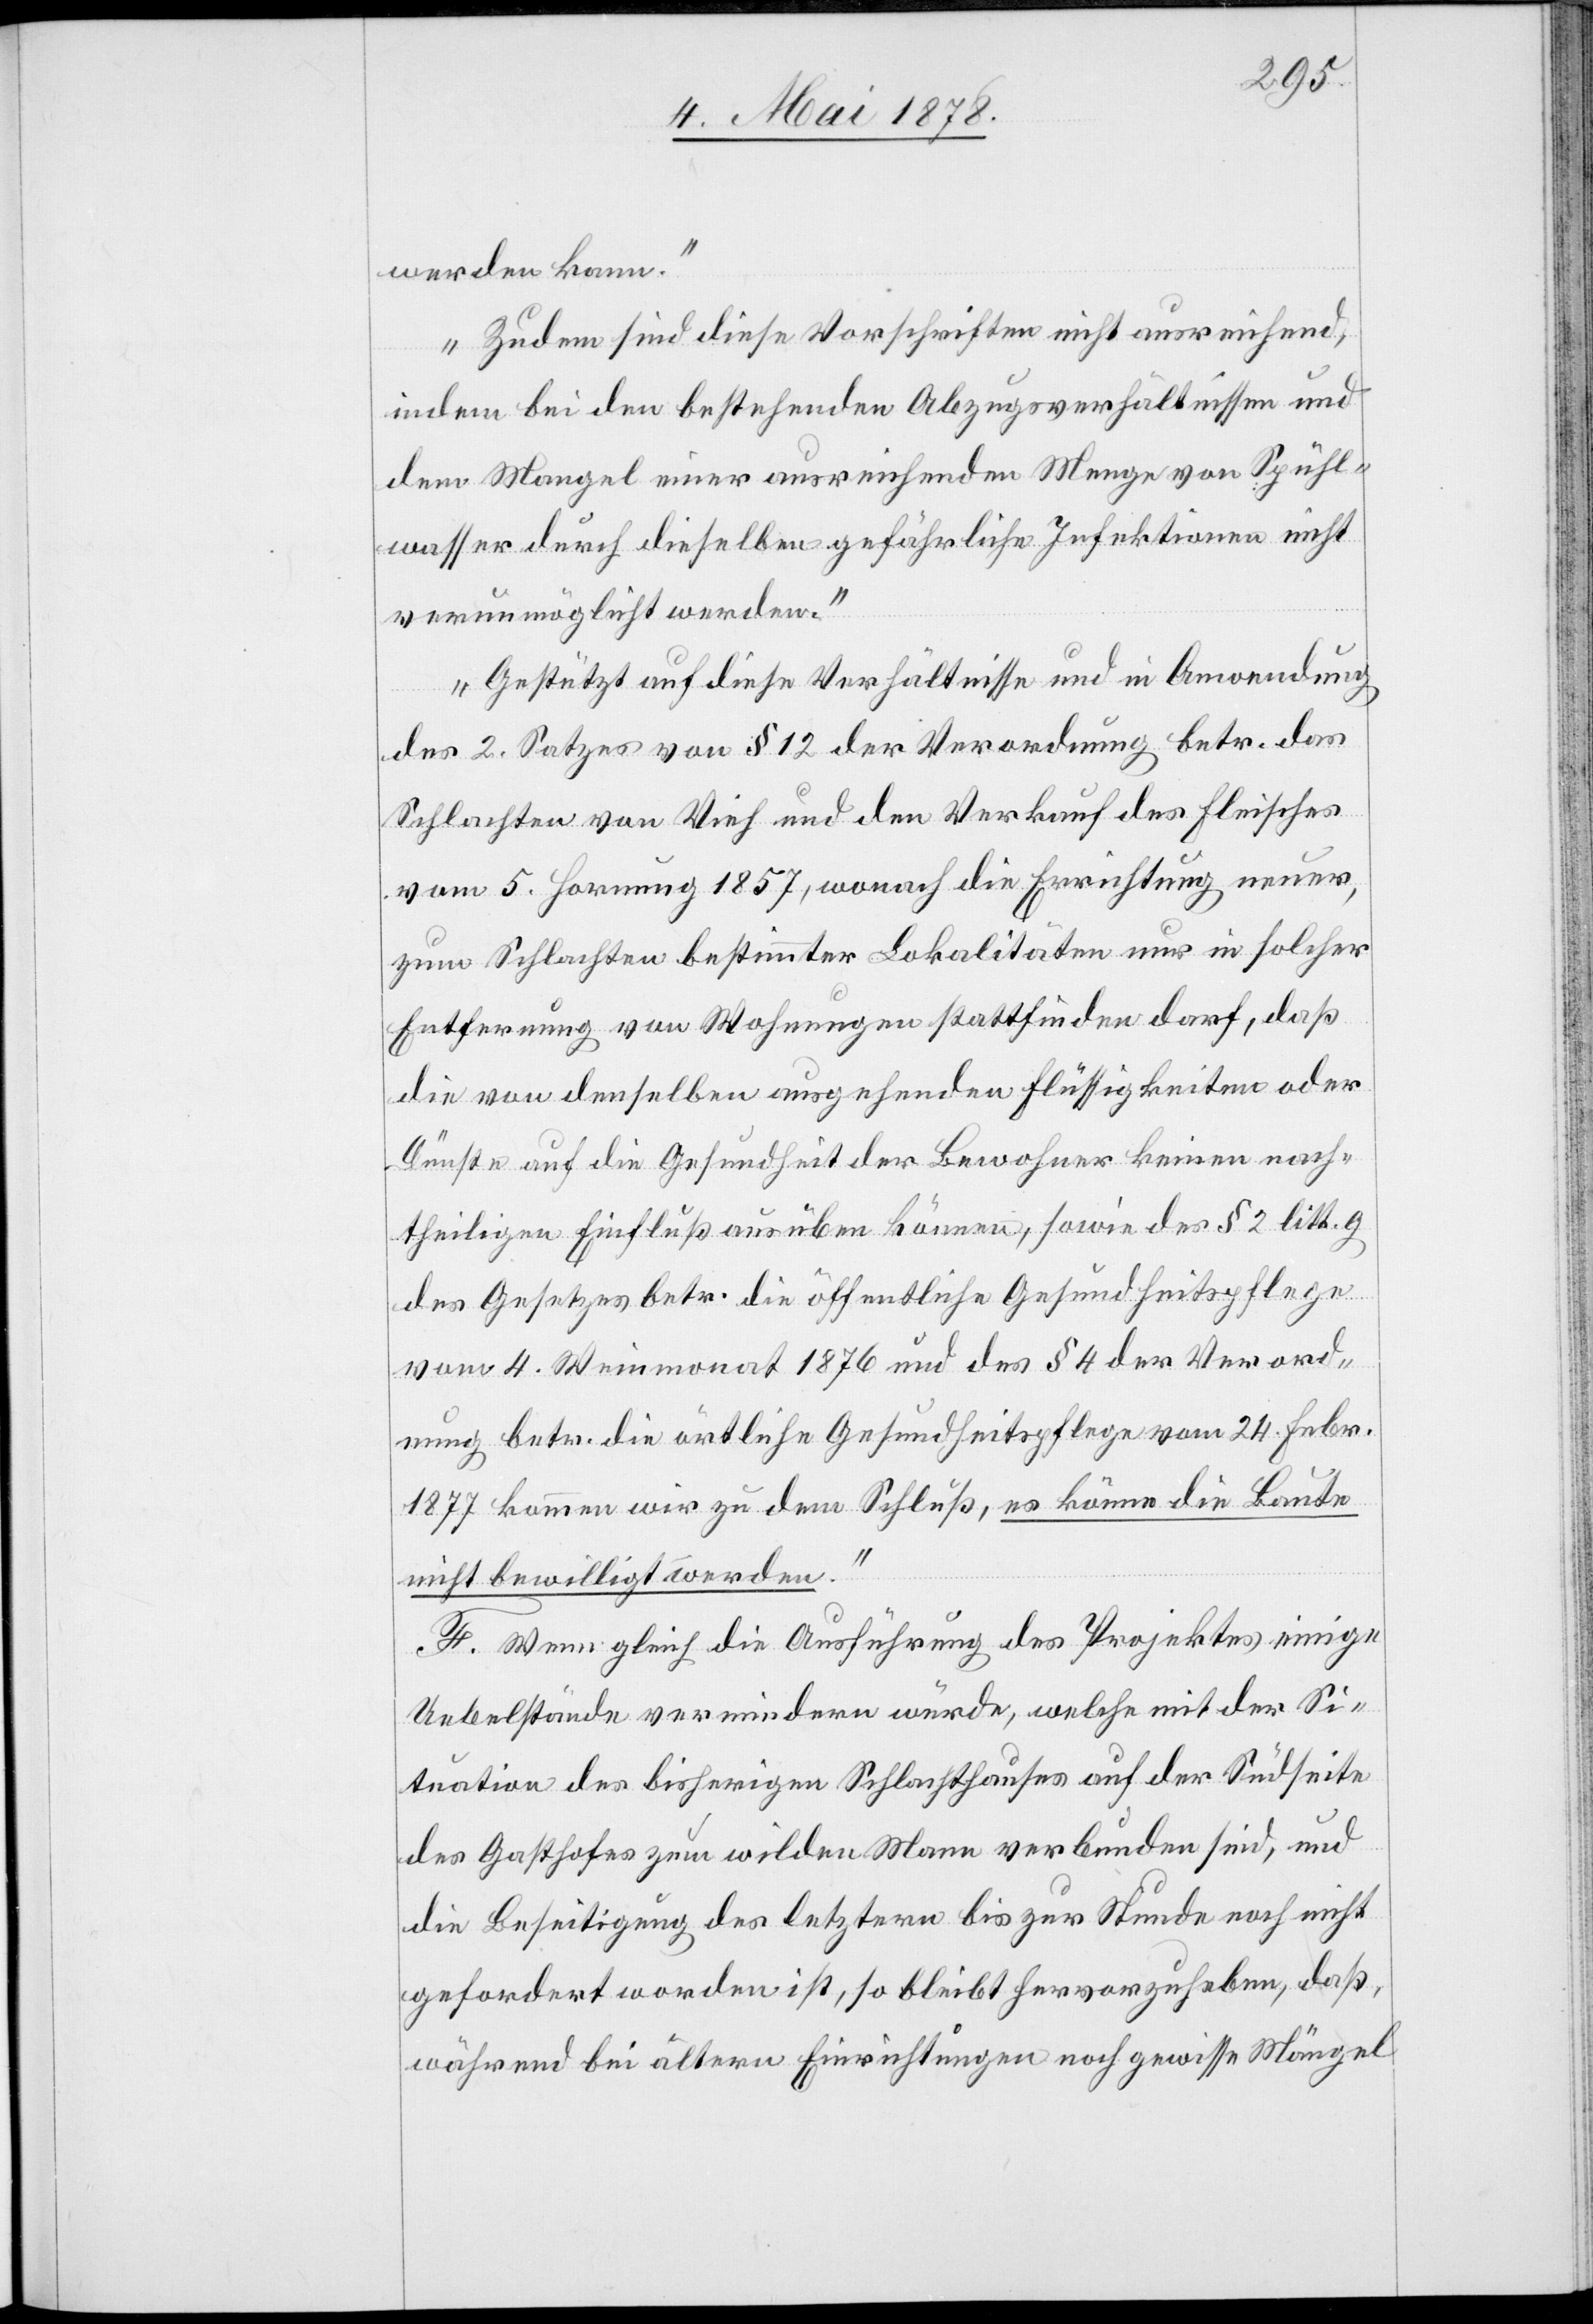
werden kann.“
„Zudem sind diese Vorschriften nicht ausreichend,
indem bei den bestehenden Abzugsverhältnissen und
dem Mangel einer ausreichenden Menge von Spühl¬
wasser durch dieselben gefährliche Infektionen nicht
verunmöglicht werden.“
„Gestützt auf diese Verhältnisse und in Anwendung
des 2. Satzes von § 12 der Verordnung betr. das
Schlachten von Vieh und den Verkauf des Fleisches
vom 5. Hornung 1857, wonach die Errichtung neuer,
zum Schlachten bestimmter Lokalitäten nur in solcher
Entfernung von Wohnungen stattfinden darf, daß
die von denselben ausgehenden Flüssigkeiten oder
Dünste auf die Gesundheit der Bewohner keinen nach¬
theiligen Einfluß ausüben können, sowie des § 2 litt. g
des Gesetzes betr. die öffentliche Gesundheitspflege
vom 4. Weinmonat 1876 und des § 4 der Verord¬
nung betr. die örtliche Gesundheitspflege vom 24. Febr.
1877 kommen wir zu dem Schluß, es könne die Baute
nicht bewilligt werden.“
F. Wenn gleich die Ausführung des Projektes einige
Uebelstände vermindern würde, welche mit der Si¬
tuation des bisherigen Schlachthauses auf der Südseite
des Gasthofes zum wilden Mann verbunden sind, und
die Beseitigung des letztern bis zur Stunde noch nicht
gefordert worden ist, so bleibt hervorzuheben, daß,
während bei ältern Einrichtungen noch gewisse Mängel